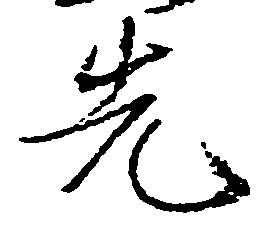
先